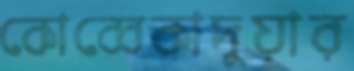
কোব্বেকাদুয়ার